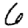
Digit: 6